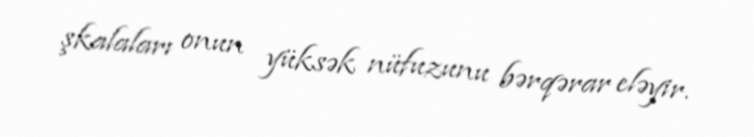
şkalaları onun yüksək nüfuzunu bərqərar eləyir.